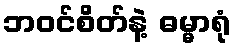
ဘဝင်စိတ်နဲ့ ဓမ္မာရုံ